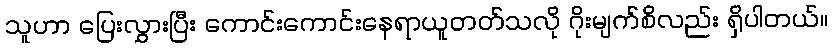
သူဟာ ပြေးလွှားပြီး ကောင်းကောင်းနေရာယူတတ်သလို ဂိုးမျက်စိလည်း ရှိပါတယ်။